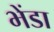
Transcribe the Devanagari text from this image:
भेंडा